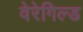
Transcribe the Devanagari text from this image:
वेरेगिल्ड